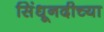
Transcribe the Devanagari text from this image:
सिंधूनदीच्या